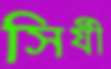
সির্যী